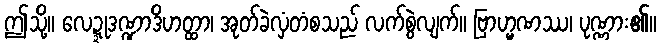
ဤသို့။ လေဍ္ဍုဒဏ္ဍာဒိဟတ္ထာ၊ အုတ်ခဲလှံတံစသည် လက်စွဲလျက်။ ဗြာဟ္မဏဿ၊ ပုဏ္ဏား၏။